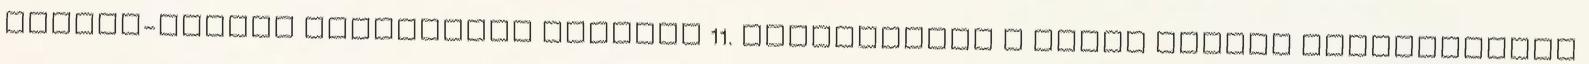
oktató-nevelő munkájáról írásban 11. Tájékoztató a Thúry György Kereskedelmi